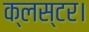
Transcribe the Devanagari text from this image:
क्लस्टर।